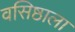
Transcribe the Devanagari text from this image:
वसिष्ठाला